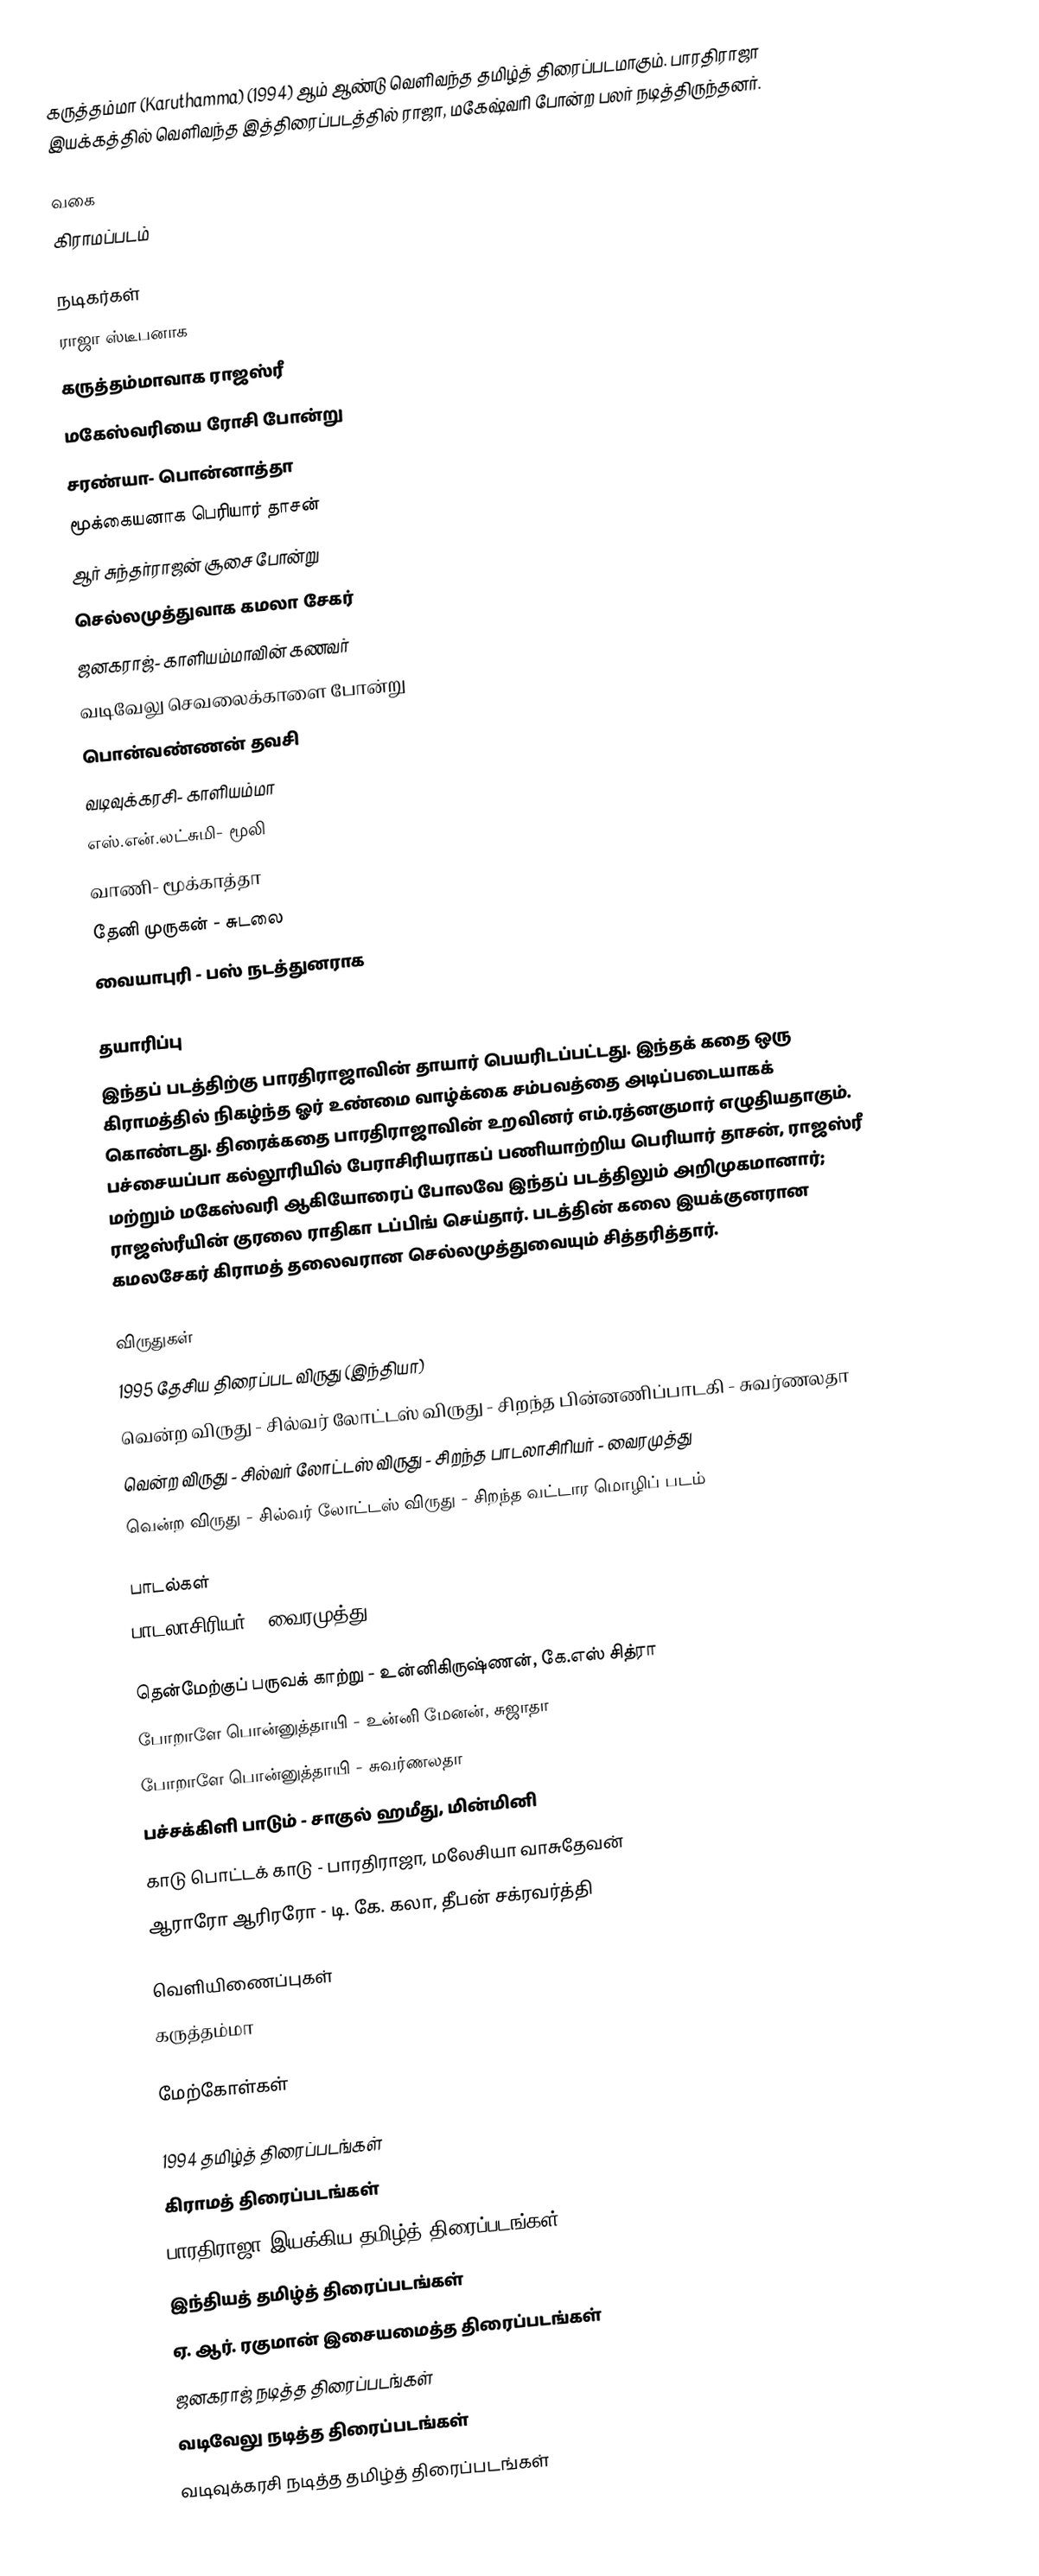
கருத்தம்மா (Karuthamma) (1994) ஆம் ஆண்டு வெளிவந்த தமிழ்த் திரைப்படமாகும். பாரதிராஜா இயக்கத்தில் வெளிவந்த இத்திரைப்படத்தில் ராஜா, மகேஷ்வரி போன்ற பலர் நடித்திருந்தனர்.

வகை
கிராமப்படம்

நடிகர்கள்
 ராஜா ஸ்டீபனாக
 கருத்தம்மாவாக ராஜஸ்ரீ
 மகேஸ்வரியை ரோசி போன்று
 சரண்யா- பொன்னாத்தா
 மூக்கையனாக பெரியார் தாசன்
 ஆர் சுந்தர்ராஜன் சூசை போன்று
 செல்லமுத்துவாக கமலா சேகர்
 ஜனகராஜ்- காளியம்மாவின் கணவர்
 வடிவேலு செவலைக்காளை போன்று
 பொன்வண்ணன் தவசி
 வடிவுக்கரசி- காளியம்மா
 எஸ்.என்.லட்சுமி- மூலி
 வாணி- மூக்காத்தா
 தேனி முருகன் - சுடலை
 வையாபுரி - பஸ் நடத்துனராக

தயாரிப்பு
இந்தப் படத்திற்கு பாரதிராஜாவின் தாயார் பெயரிடப்பட்டது. இந்தக் கதை ஒரு கிராமத்தில் நிகழ்ந்த ஓர் உண்மை வாழ்க்கை சம்பவத்தை அடிப்படையாகக் கொண்டது. திரைக்கதை பாரதிராஜாவின் உறவினர் எம்.ரத்னகுமார் எழுதியதாகும். பச்சையப்பா கல்லூரியில் பேராசிரியராகப் பணியாற்றிய பெரியார் தாசன், ராஜஸ்ரீ மற்றும் மகேஸ்வரி ஆகியோரைப் போலவே இந்தப் படத்திலும் அறிமுகமானார்; ராஜஸ்ரீயின் குரலை ராதிகா டப்பிங் செய்தார். படத்தின் கலை இயக்குனரான கமலசேகர் கிராமத் தலைவரான செல்லமுத்துவையும் சித்தரித்தார்.

விருதுகள்
1995 தேசிய திரைப்பட விருது (இந்தியா)
 வென்ற விருது - சில்வர் லோட்டஸ் விருது - சிறந்த பின்னணிப்பாடகி  - சுவர்ணலதா
 வென்ற விருது - சில்வர் லோட்டஸ் விருது - சிறந்த பாடலாசிரியர் - வைரமுத்து
 வென்ற விருது - சில்வர் லோட்டஸ் விருது - சிறந்த வட்டார மொழிப் படம்

பாடல்கள்
பாடலாசிரியர் - வைரமுத்து

தென்மேற்குப் பருவக் காற்று - உன்னிகிருஷ்ணன், கே.எஸ் சித்ரா
போறாளே பொன்னுத்தாயி - உன்னி மேனன், சுஜாதா
போறாளே பொன்னுத்தாயி - சுவர்ணலதா
பச்சக்கிளி பாடும் - சாகுல் ஹமீது, மின்மினி
காடு பொட்டக் காடு - பாரதிராஜா, மலேசியா வாசுதேவன்
ஆராரோ ஆரிரரோ - டி. கே. கலா, தீபன் சக்ரவர்த்தி

வெளியிணைப்புகள்
கருத்தம்மா

மேற்கோள்கள்

1994 தமிழ்த் திரைப்படங்கள்
கிராமத் திரைப்படங்கள்
பாரதிராஜா இயக்கிய தமிழ்த் திரைப்படங்கள்
இந்தியத் தமிழ்த் திரைப்படங்கள்
ஏ. ஆர். ரகுமான் இசையமைத்த திரைப்படங்கள்
ஜனகராஜ் நடித்த திரைப்படங்கள்
வடிவேலு நடித்த திரைப்படங்கள்
வடிவுக்கரசி நடித்த தமிழ்த் திரைப்படங்கள்